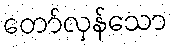
တော်လှန်သော